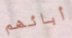
أبائهم